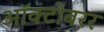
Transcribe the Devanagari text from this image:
ऑक्टोबरर